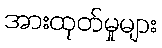
အားထုတ်မှုများ